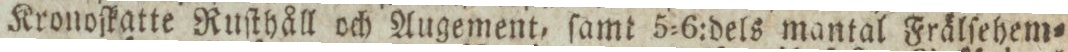
Kronoſkatte Ruſthåll och Augement, ſamt 5=6:dels mantal Frälſehem=